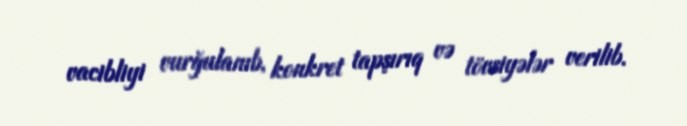
vacibliyi vurğulanıb, konkret tapşırıq və tövsiyələr verilib.